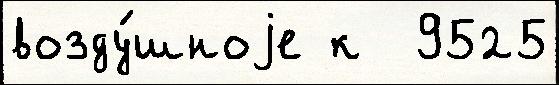
возду́шноjе к  9525